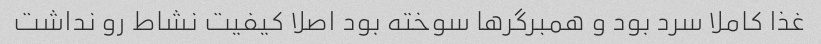
غذا کاملا سرد بود و همبرگرها سوخته بود اصلا کیفیت نشاط رو نداشت